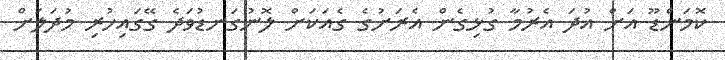
ކޮމަންޑޫ އަށް އުދަ އެރުމާ ގުޅިގެން އެރަށުގެ ގެއަކަށް ލޮނުގަނޑުވަދެ ގޭގައިހުރި މުދަލަށް